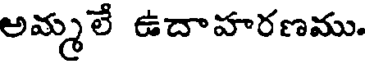
అమ్మలే ఉదాహరణము.